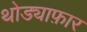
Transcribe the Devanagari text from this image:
थोड्याफ़ार